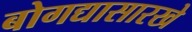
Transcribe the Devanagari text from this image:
बोगद्यासारखे